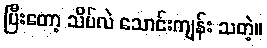
ပြီးတော့ သိပ်လဲ သောင်းကျန်း သတဲ့။